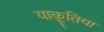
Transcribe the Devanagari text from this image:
याकूतिया